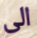
الى